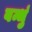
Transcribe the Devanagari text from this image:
बन्धुं